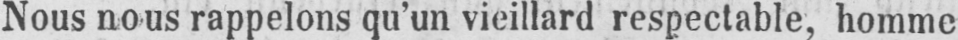
Nous nous rappelons qu’un vieillard respectable, hommc